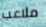
ملاعب